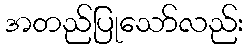
အတည်ပြုသော်လည်း